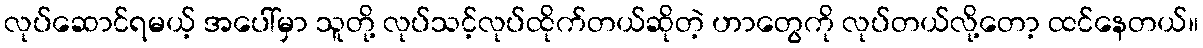
လုပ်ဆောင်ရမယ့် အပေါ်မှာ သူတို့ လုပ်သင့်လုပ်ထိုက်တယ်ဆိုတဲ့ ဟာတွေကို လုပ်တယ်လို့တော့ ထင်နေတယ်။